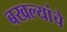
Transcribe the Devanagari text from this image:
बखल्यांचे